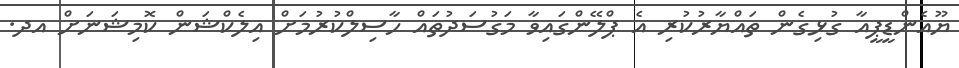
ޔޫއެންޑީޕީއާ ގުޅިގެން ތައްޔާރުކުރި އެ ޕްލޭންގައިވާ މަގުސަދުތައް ހާސިލްކުރުމަށް އިލެކްޝަން ކޮމިޝަނަށް އދ.